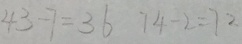
4 3 - 7 = 3 6 7 4 - 2 = 7 2